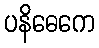
ပနိဓေကေ